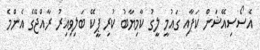
އެސޯސިއޭޝަން ކަޕާއި ގައުމީ ލީގު ކާމިޔާބު ކުރި ޕީކޭ ބަލިވިއިރު ރާއްޖޭގެ އެންމެ